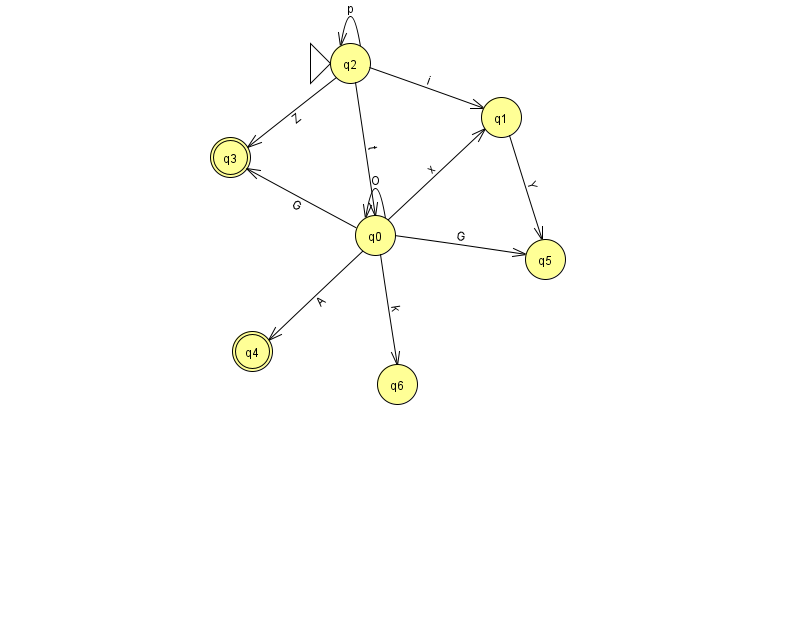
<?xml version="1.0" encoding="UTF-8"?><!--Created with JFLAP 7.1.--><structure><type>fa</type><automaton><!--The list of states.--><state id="0" name="q0"><x>375.0</x><y>222.0</y></state><state id="1" name="q1"><x>501.0</x><y>104.0</y></state><state id="2" name="q2"><x>350.0</x><y>50.0</y><initial/></state><state id="3" name="q3"><x>230.0</x><y>144.0</y><final/></state><state id="4" name="q4"><x>252.0</x><y>338.0</y><final/></state><state id="5" name="q5"><x>545.0</x><y>246.0</y></state><state id="6" name="q6"><x>397.0</x><y>371.0</y></state><!--The list of transitions.--><transition><from>2</from><to>2</to><read>p</read></transition><transition><from>2</from><to>3</to><read>Z</read></transition><transition><from>2</from><to>1</to><read>i</read></transition><transition><from>0</from><to>1</to><read>x</read></transition><transition><from>2</from><to>0</to><read>t</read></transition><transition><from>0</from><to>4</to><read>A</read></transition><transition><from>0</from><to>6</to><read>k</read></transition><transition><from>0</from><to>5</to><read>G</read></transition><transition><from>1</from><to>5</to><read>Y</read></transition><transition><from>0</from><to>3</to><read>G</read></transition><transition><from>0</from><to>0</to><read>O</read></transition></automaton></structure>